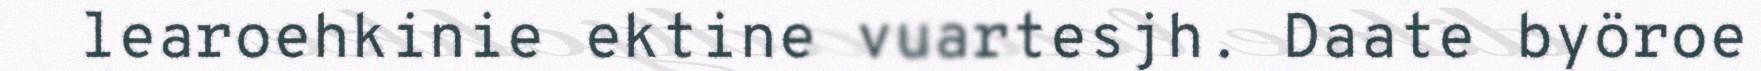
learoehkinie ektine vuartesjh. Daate byöroe